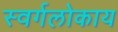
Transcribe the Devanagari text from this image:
स्वर्गलोकाय